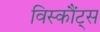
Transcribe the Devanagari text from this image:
विस्कौंट्स